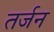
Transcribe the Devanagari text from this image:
तर्जन